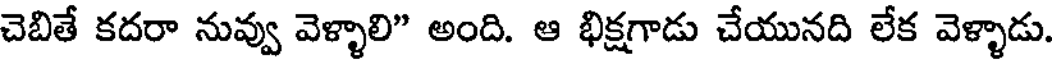
చెబితే కదరా నువ్వు వెళ్ళాలి" అంది. ఆ భిక్షగాడు చేయునది లేక వెళ్ళాడు.